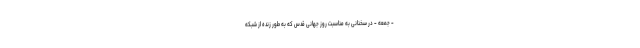
- جمعه - در سخنانی به مناسبت روز جهانی قدس که به طور زنده از شبکه